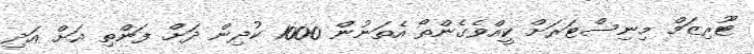
ޓޫރިޒަމް މިނިސްޓަރަށް ކީއްވެގެންތޯ އެތަނުން 1000 ކުދިން ދަށް ފަންތި އަށް އަދި